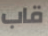
قاب